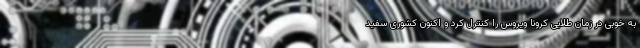
به خوبی در زمان طلایی کرونا ویروس را کنترل کرد و اکنون کشوری سفید